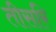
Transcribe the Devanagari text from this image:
तीसरि